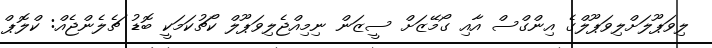
ލިވަޕޫލަށްލިވަޕޫލްގެ އިންގްސް އާއި ގޯމޭޒަށް ސީޒަން ނިމިއްޖެލިވަޕޫލް ކޯޗުކަމަކީ ބޮޑު ޗެލެންޖެއް: ކްލޮޕް